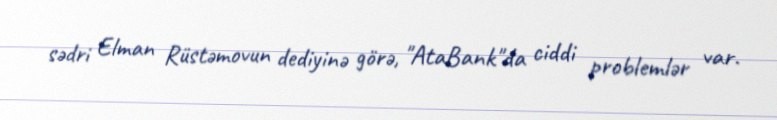
sədri Elman Rüstəmovun dediyinə görə, "AtaBank"da ciddi problemlər var.